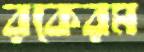
রকেরম